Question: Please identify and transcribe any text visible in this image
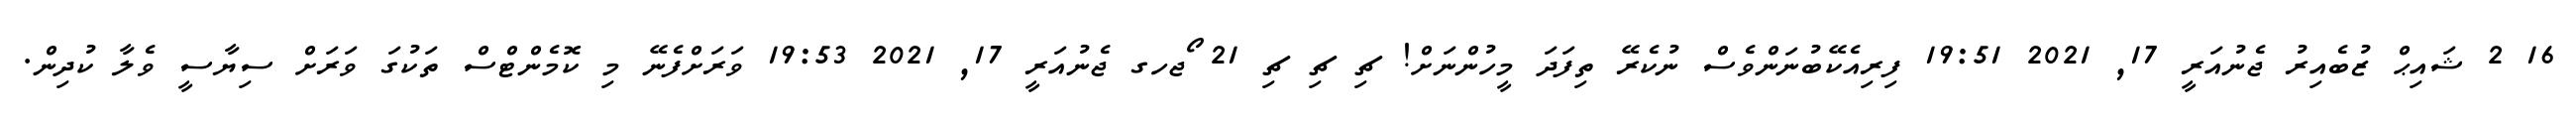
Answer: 16 2 ޝައިޙް ޒުބެއިރު ޖެނުއަރީ 17, 2021 19:51 ފިރިއެކޭބުނަންވެސް ނުކެރޭ ތިފަދަ މީހުންނަށް! ޗި ޗި ޗި 21 ޯޖހގ ޖެނުއަރީ 17, 2021 19:53 ވަރަށްފެނޭ މި ކޮމެންޓްސް ތަކުގަ ވަރަށް ސިޔާސީ ވެލާ ކުދިން.